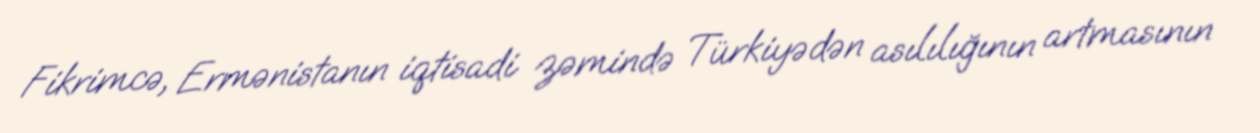
Fikrimcə, Ermənistanın iqtisadi zəmində Türkiyədən asılılığının artmasının